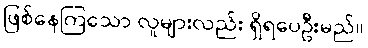
ဖြစ်နေကြသော လူများလည်း ရှိရပေဦးမည်။